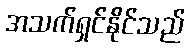
အသက်ရှင်နိုင်သည်